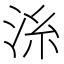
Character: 𣴍